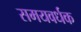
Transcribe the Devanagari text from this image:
समयवर्धक